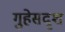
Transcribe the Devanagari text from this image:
गुहेसदृश